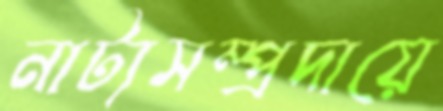
নাট্যসম্প্রদায়ে